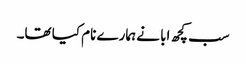
سب کچھ ابا نے ہمارے نام کیا تھا۔